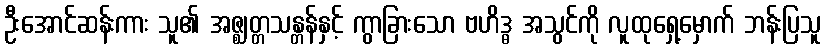
ဦးအောင်ဆန်းကား သူ၏ အဇ္ဈတ္တသန္တန်နှင့် ကွာခြားသော ဗဟိဒ္ဓ အသွင်ကို လူထုရှေ့မှောက် ဘန်းပြသူ